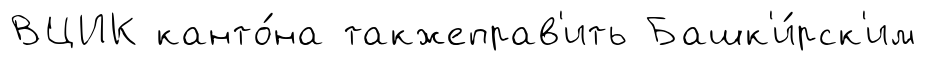
ВЦИК канто́на такжеправ'ить Башк'и́рск'им